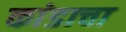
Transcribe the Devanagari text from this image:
कांडाचा